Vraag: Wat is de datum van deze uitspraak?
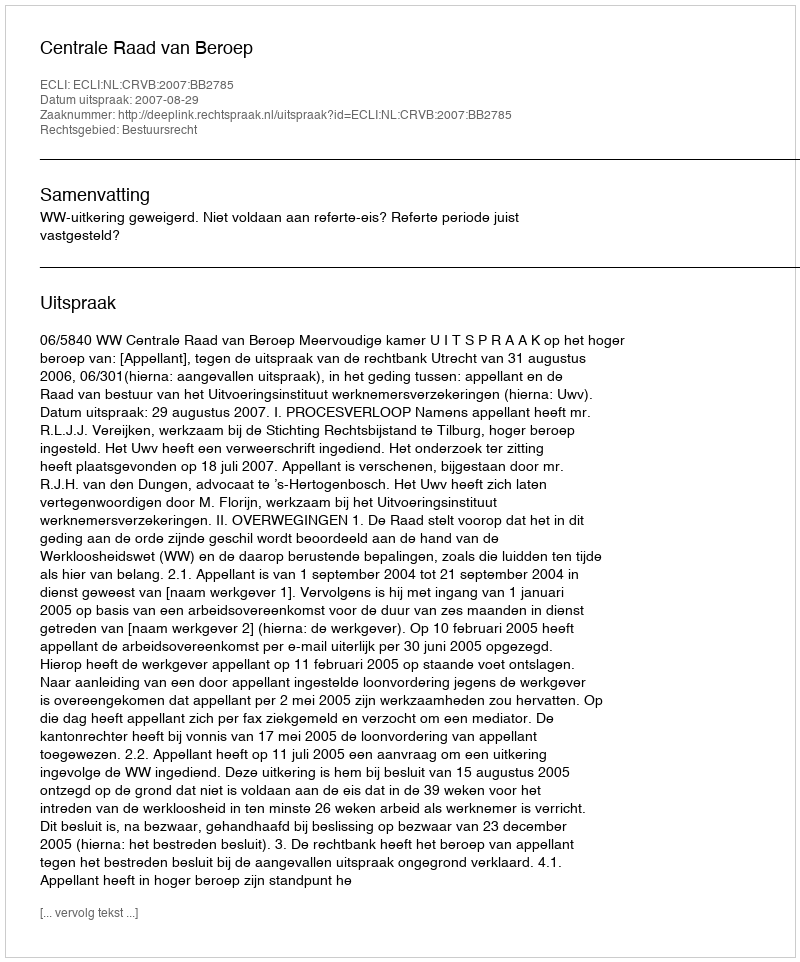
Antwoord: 2007-08-29